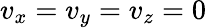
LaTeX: v_{x}=v_{y}=v_{z}=0